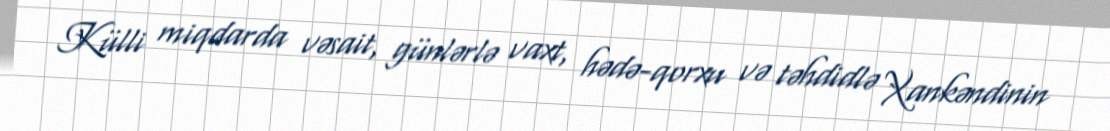
Külli miqdarda vəsait, günlərlə vaxt, hədə-qorxu və təhdidlə Xankəndinin